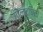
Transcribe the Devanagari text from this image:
गोल्द्फिंच